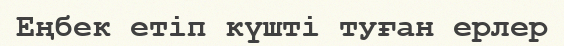
Еңбек етіп күшті туған ерлер